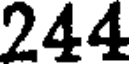
244